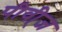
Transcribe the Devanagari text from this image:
पीवी्ज